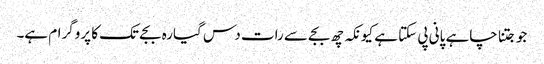
جو جتنا چاہے پانی پی سکتا ہے کیونکہ چھ بجے سے رات دس گیارہ بجے تک کا پروگرام ہے۔